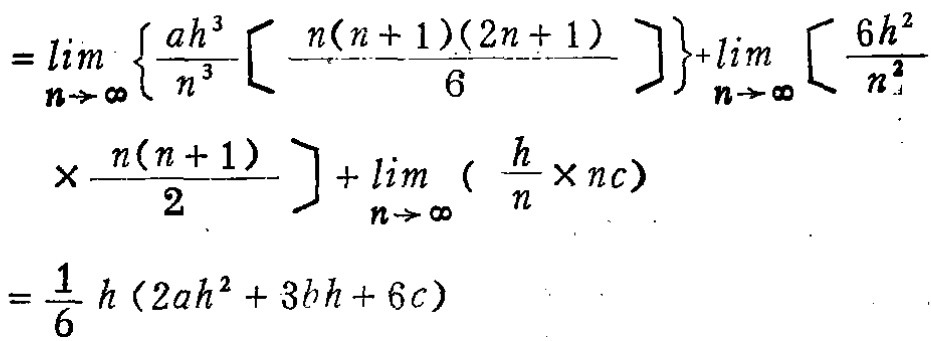
\[
\begin{align*}
=&\lim_{n\rightarrow \infty}\left\{\frac{ah^{3}}{n^{3}}\left[\frac{n(n + 1)(2n + 1)}{6}\right]\right\}+\lim_{n\rightarrow \infty}\left[\frac{6h^{2}}{n^{2}}\times\frac{n(n + 1)}{2}\right]+\lim_{n\rightarrow \infty}\left(\frac{h}{n}\times nc\right)\\
=&\frac{1}{6}h(2ah^{2}+3bh + 6c)
\end{align*}
\]